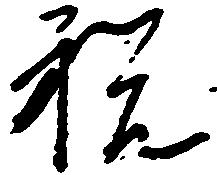
祝